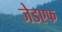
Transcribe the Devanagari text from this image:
जेडएफ